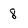
Character: 8